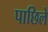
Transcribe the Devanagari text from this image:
पाछिले